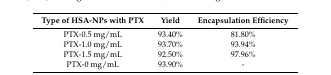
| Type of HSA-NPs with PTX | Yield | Encapsulation Efficiency |
 | --- | --- | --- |
 | PTX-0.5 mg/mL | 93.40% | 81.80% |
 | PTX-1.0 mg/mL | 93.70% | 93.94% |
 | PTX-1.5 mg/mL | 92.50% | 97.96% |
 | PTX-0 mg/mL | 93.90% | - |